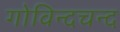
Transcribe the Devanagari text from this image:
गोविन्दचन्द